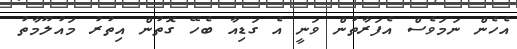
އެހެން ނަމަވެސް އެފަރާތުން ވަނީ އެ ގަޑިއާ ބެހޭ ގޮތުން އިތުރު މައުލޫމާތު